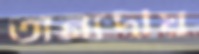
অন্যদীয়